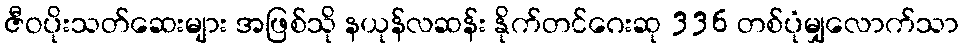
ဇီဝပိုးသတ်ဆေးများ အဖြစ်သို နယုန်လဆန်း နိုက်တင်ဂေးဆု 336 တစ်ပုံမျှလောက်သာ